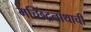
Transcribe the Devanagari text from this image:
मच्छिंद्रनाथाची